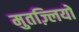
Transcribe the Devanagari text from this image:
मुतज़्लियों